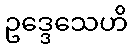
ဥဒ္ဒေသေဟိ